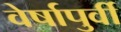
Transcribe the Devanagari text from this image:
वेर्षापुर्वी